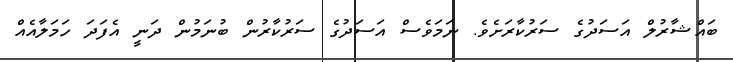
ބައްޝާރުލް އަސަދުގެ ސަރުކާރަށެވެ. ނަމަވެސް އަސަދުގެ ސަރުކާރުން ބުނަމުން ދަނީ އެފަދަ ހަމަލާއެއް